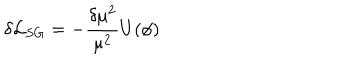
\delta { \cal { L } } _ { S G } = - \frac { \delta \mu ^ { 2 } } { \mu ^ { 2 } } U ( \phi )